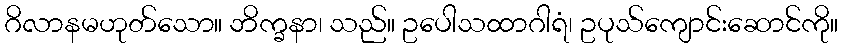
ဂိလာနမဟုတ်သော။ ဘိက္ခနာ၊ သည်။ ဥပေါသထာဂါရံ၊ ဥပုသ်ကျောင်းဆောင်ကို။